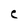
Character: C